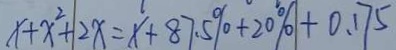
x + x ^ { 2 } + 2 x = x + 8 7 . 5 \% + 2 0 \% + 0 . 1 7 5